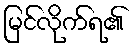
မြင်လိုက်ရ၏